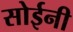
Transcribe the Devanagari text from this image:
सोईनी